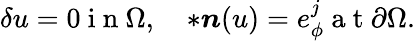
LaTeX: \delta u=0\mathrm{~i~n~}\Omega,\quad\ast\boldsymbol{n}(u)=e_{\phi}^{j}\mathrm{~a~t~}\partial\Omega.